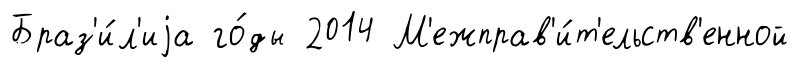
Браз'и́л'иjа го́ды 2014 М'ежправ'и́т'ельств'енной